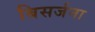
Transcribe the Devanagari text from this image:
बिसर्जना